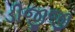
ડીજીજી